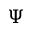
\Psi